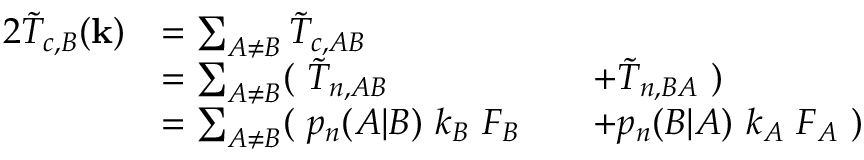
\begin{array} { r l r l } { { 2 } \tilde { T } _ { c , B } ( \mathbf { k } ) } & { = \sum _ { A \neq B } \tilde { T } _ { c , A B } } & & { } \\ & { = \sum _ { A \neq B } ( \ \tilde { T } _ { n , A B } } & & { + \tilde { T } _ { n , B A } \ ) } \\ & { = \sum _ { A \neq B } ( \ p _ { n } ( A | B ) \ k _ { B } \ F _ { B } } & & { + p _ { n } ( B | A ) \ k _ { A } \ F _ { A } \ ) } \end{array}